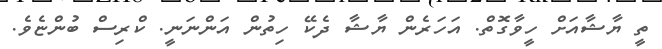
ތީ ޔާޝާއަށް ހީވާގޮތް. އަހަރެން ޔާޝާ ދެކޭ ހިތުން އަންނަނީ. ކްރިސް ބުންޏެވެ.